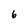
Character: 6